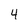
Character: 4